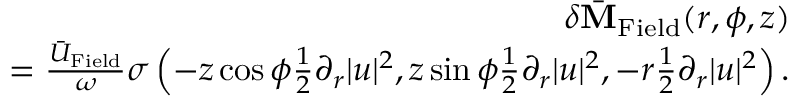
\begin{array} { r l r } & { } & { \delta \bar { \bf M } _ { \mathrm { F i e l d } } ( r , \phi , z ) } \\ & { } & { = \frac { \bar { U } _ { \mathrm { F i e l d } } } { \omega } \sigma \left( - z \cos \phi \frac { 1 } { 2 } \partial _ { r } | u | ^ { 2 } , z \sin \phi \frac { 1 } { 2 } \partial _ { r } | u | ^ { 2 } , - r \frac { 1 } { 2 } \partial _ { r } | u | ^ { 2 } \right) . } \end{array}